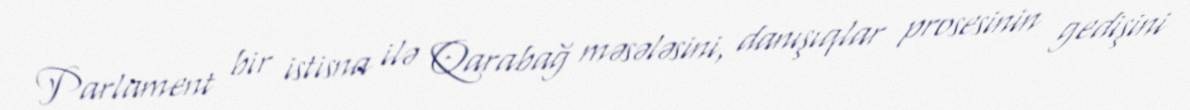
Parlament bir istisna ilə Qarabağ məsələsini, danışıqlar prosesinin gedişini